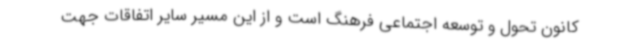
کانون تحول و توسعه اجتماعی فرهنگ است و از این مسیر سایر اتفاقات جهت